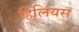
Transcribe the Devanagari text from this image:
हिलियस